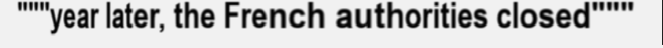
"""year later, the French authorities closed"""